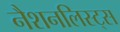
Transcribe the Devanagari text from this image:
नैशनलिस्ट्स